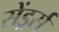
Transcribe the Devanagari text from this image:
सेंड्रर्स